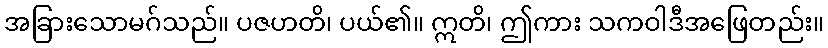
အခြားသောမဂ်သည်။ ပဇဟတိ၊ ပယ်၏။ ဣတိ၊ ဤကား သကဝါဒီအဖြေတည်း။